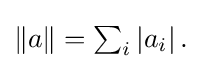
{\textstyle \|a\|=\sum _{i}\left|a_{i}\right|.}